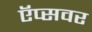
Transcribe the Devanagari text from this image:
ऍप्सवर